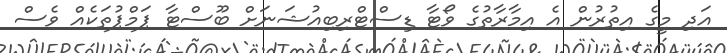
އަދި މީގެ އިތުރުން އެ އިމާރާތުގެ ވޯޓާ ޑިސްޓްރިބިއުޝަނަށް ބޫސްޓާ ޕަމްޕުތަކެއް ވެސް